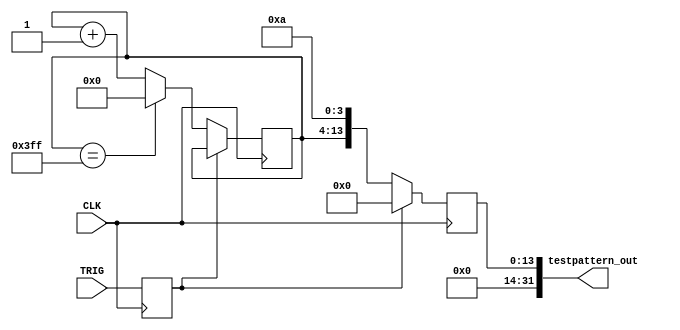
module data_generator(
    input CLK,
    input TRIG,
    output [31:0] testpattern_out
);

wire CLK;
wire TRIG;
wire [31:0] testpattern_out;

reg [9:0] count = 10'd0;
reg trig_r;
reg [31:0] testpattern_o_r = 32'b0;
reg [3:0] final4bits = 4'b1010; 

always @(posedge CLK) begin
    trig_r <= TRIG;
    if (trig_r == 1'b0) begin
        if (count == 10'b1111111111111111111111111111) begin
            count <= 10'd0;
        end
        else begin
            count <= count + 10'd1;
        end
        testpattern_o_r <= {count , final4bits};
    end
    else begin
        testpattern_o_r <= 14'b0;
    end
end

assign testpattern_out = testpattern_o_r;

endmodule